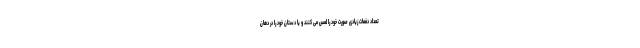
تعداد دفعات زیادی صورت خود را لمس می کنند و یا دستان خود را در دهان